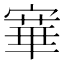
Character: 𡪤